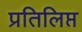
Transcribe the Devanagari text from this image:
प्रतिलिप्त